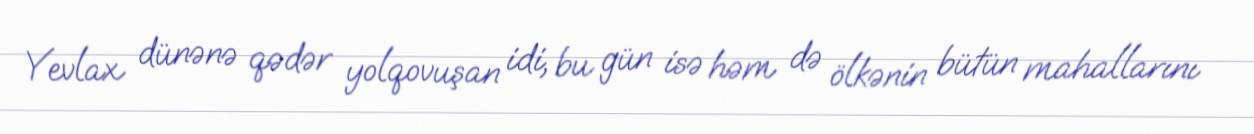
Yevlax dünənə qədər yolqovuşan idi, bu gün isə həm də ölkənin bütün mahallarını